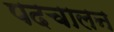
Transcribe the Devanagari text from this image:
पदचालन